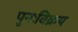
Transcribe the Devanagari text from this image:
पुनःविक्रय